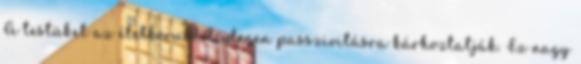
A testüket az életkoruktól idegen passzivitásra kárhoztatják. Ez nagy